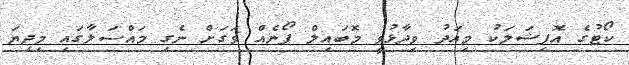
ކޯޓުގެ އޮފިޝަލަކު މިއަދު ވިދާޅުވީ މޮބައިލް ފޯނެއް ވަގަށް ނެގި މައްސަލާގައި މިދިޔަ